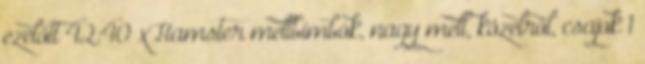
ezelőtt 42:40 xHamster mellbimbók, nagy mell, közelről, csajok 1